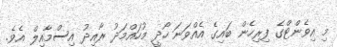
މި އިވެންޓްގެ ފިރިހެން ބައިގެ އެއްވަނަ ހޯދީ މުހައްމަދު ރާއިދު އިސްމާއިލް އެވެ.